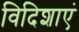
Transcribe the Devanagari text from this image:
विदिशाएं